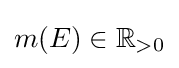
m(E)\in \mathbb {R} _{>0}